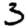
Digit: 3